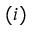
( i )